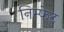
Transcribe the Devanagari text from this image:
निम्फेट